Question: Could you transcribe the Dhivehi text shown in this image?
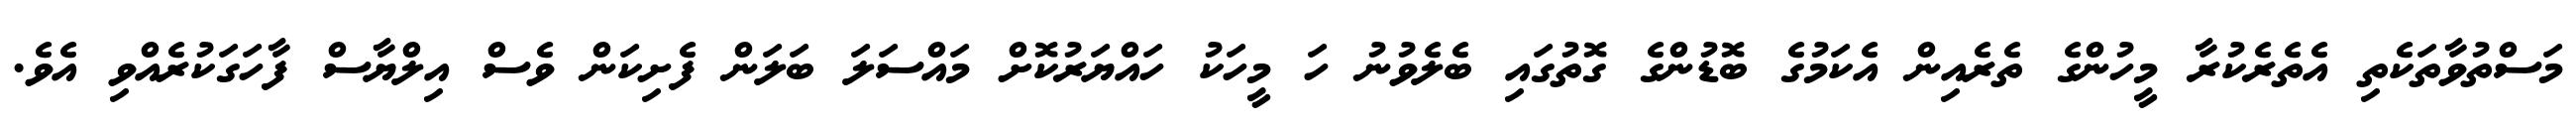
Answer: މަސްތުވާތަކެތި އެތެރެކުރާ މީހުންގެ ތެރެއިން އެކަމުގެ ބޮޑުންގެ ގޮތުގައި ބެލެވުނު ހަ މީހަކު ހައްޔަރުކޮށް މައްސަލަ ބަލަން ފެށިކަން ވެސް އިލްޔާސް ފާހަގަކުރެއްވި އެވެ.